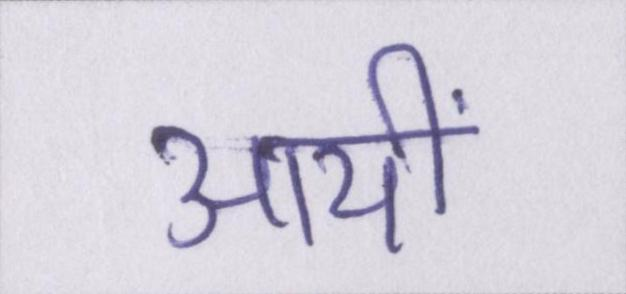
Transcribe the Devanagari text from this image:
आयीं